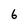
Character: 6